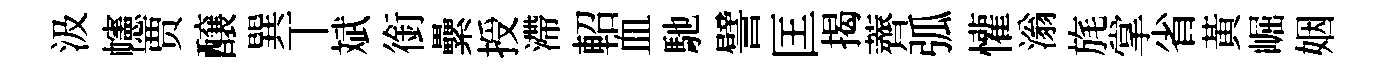
汲幰贾醸巽丅斌銜纍授滯軺血馳譬匡揭薺弧懽滃旄掌省黃崛姻